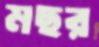
মছর